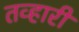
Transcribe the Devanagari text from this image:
तव्हारी